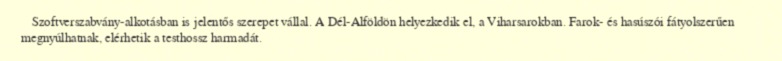
Szoftverszabvány-alkotásban is jelentős szerepet vállal. A Dél-Alföldön helyezkedik el, a Viharsarokban. Farok- és hasúszói fátyolszerűen megnyúlhatnak, elérhetik a testhossz harmadát.